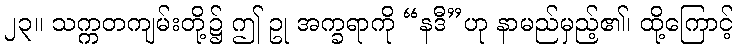
၂၃။ သက္ကတကျမ်းတို့၌ ဤ ဥု အက္ခရာကို “နဒီ”ဟု နာမည်မှည့်၏၊ ထို့ကြောင့်